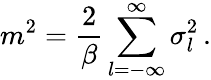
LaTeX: m^{2}=\frac{2}{\beta}\sum_{l=-\infty}^{\infty}\sigma_{l}^{2}\, .